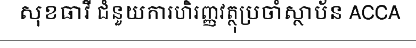
សុខធាវី ជំនួយការហិរញ្ញវត្ថុប្រចាំស្ថាប័ន ACCA